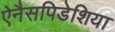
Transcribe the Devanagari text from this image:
ऐनैसपिडेशिया